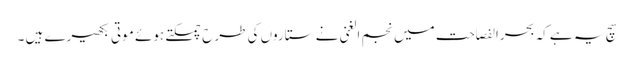
سچ یہ ہے کہ بحرالفصاحت میں نجم الغنی نے ستاروں کی طرح چمکتے ہوئے موتی بکھیرے ہیں ۔